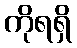
ကိုရရှိ